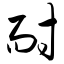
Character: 耐